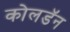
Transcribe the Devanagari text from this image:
कोलडॅन